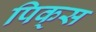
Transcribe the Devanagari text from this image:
पिक्‌स